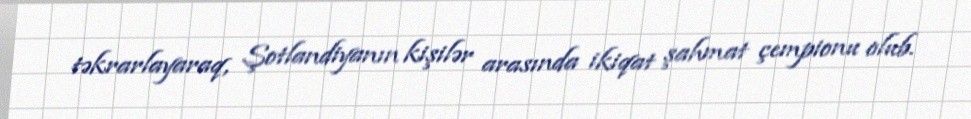
təkrarlayaraq, Şotlandiyanın kişilər arasında ikiqat şahmat çempionu olub.